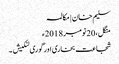
سلیم خان | مکالمہ
منگل، 20 نومبر 2018ء
شجاعت بخاری اور گوری لنکیش ۔